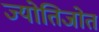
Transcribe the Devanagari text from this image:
ज्योतिजोत